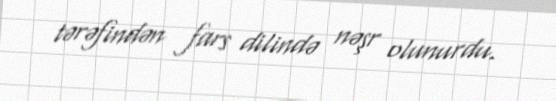
tərəfindən fars dilində nəşr olunurdu.